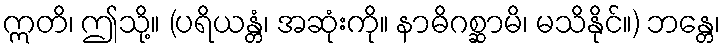
ဣတိ၊ ဤသို့။ (ပရိယန္တံ၊ အဆုံးကို။ နာဓိဂစ္ဆာမိ၊ မသိနိုင်။) ဘန္တေ၊